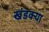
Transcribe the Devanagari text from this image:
खंडक्या